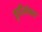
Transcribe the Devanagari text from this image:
कुर्दीसोबत